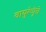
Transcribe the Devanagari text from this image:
वायुरेणूंचे